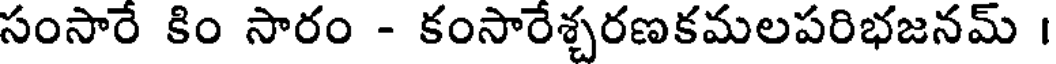
సంసారే కిం సారం - కంసారేశ్చరణకమలపరిభజనమ్